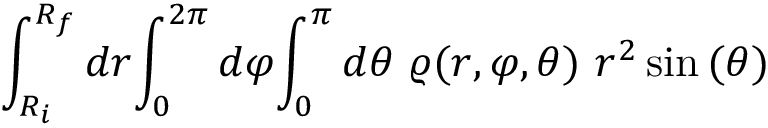
\int _ { R _ { i } } ^ { R _ { f } } { d r } { \int _ { 0 } ^ { 2 \pi } { d \varphi } { \int _ { 0 } ^ { \pi } { d \theta } { \ \varrho { ( r , \varphi , \theta ) } \ r ^ { 2 } \sin { ( \theta ) } } } }